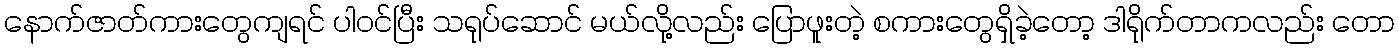
နောက်ဇာတ်ကားတွေကျရင် ပါဝင်ပြီး သရုပ်ဆောင် မယ်လို့လည်း ပြောဖူးတဲ့ စကားတွေရှိခဲ့တော့ ဒါရိုက်တာကလည်း တော